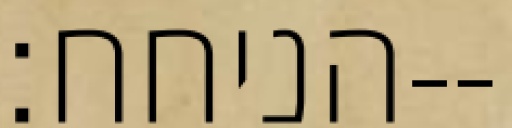
הניחח׃--